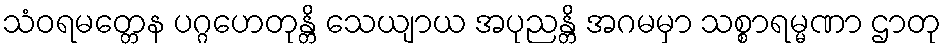
သံဝရမတ္တေန ပဂ္ဂဟေတုန္တိ သေယျာယ အပုညန္တိ အဂမမှာ သစ္စာရမ္မဏာ ဌာတု